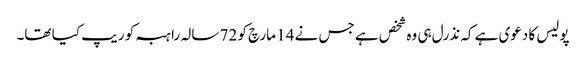
پولیس کا دعوی ہے کہ نذرل ہی وہ شخص ہے جس نے 14 مارچ کو 72 سالہ راہبہ کو ریپ کیا تھا۔